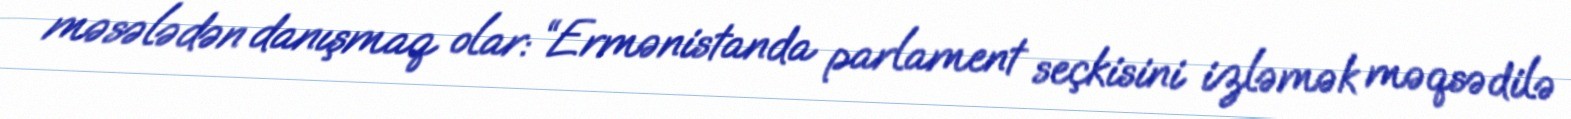
məsələdən danışmaq olar: “Ermənistanda parlament seçkisini izləmək məqsədilə